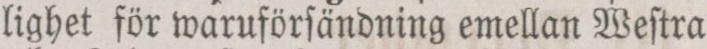
lighet för waruförſändning emellan Weſtra